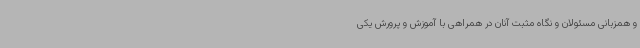
و همزبانی مسئولان و نگاه مثبت آنان در همراهی با آموزش و پرورش یکی